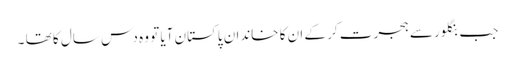
جب بنگلور سے ہجرت کر کے ان کا خاندان پاکستان آیا تو وہ دس سال کا تھا ۔